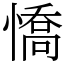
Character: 憍